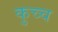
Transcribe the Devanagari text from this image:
कुच्च